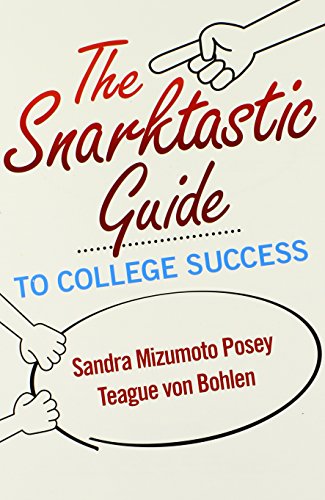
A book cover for The Snarktastic Guide to College Success; Sandra Mizumoto Posey; Education & Teaching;